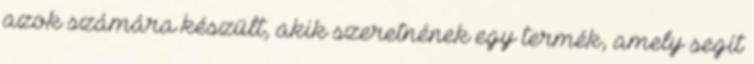
azok számára készült, akik szeretnének egy termék, amely segít